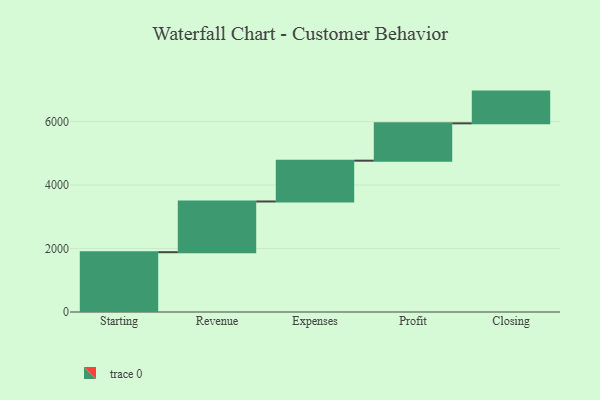
{"axis": {"x": "Step", "y": "Value"}, "legend": [""], "data": [{"x": "Starting", "y": 1884.0, "type": ""}, {"x": "Revenue", "y": 1598.0, "type": ""}, {"x": "Expenses", "y": 1286.0, "type": ""}, {"x": "Profit", "y": 1176.0, "type": ""}, {"x": "Closing", "y": 1000, "type": ""}]}